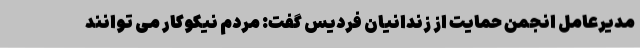
مدیرعامل انجمن حمایت از زندانیان فردیس گفت: مردم نیکوکار می توانند